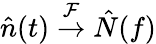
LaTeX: \hat{n}(t)\overset{\mathcal{F}}{\rightarrow}\hat{N}(f)